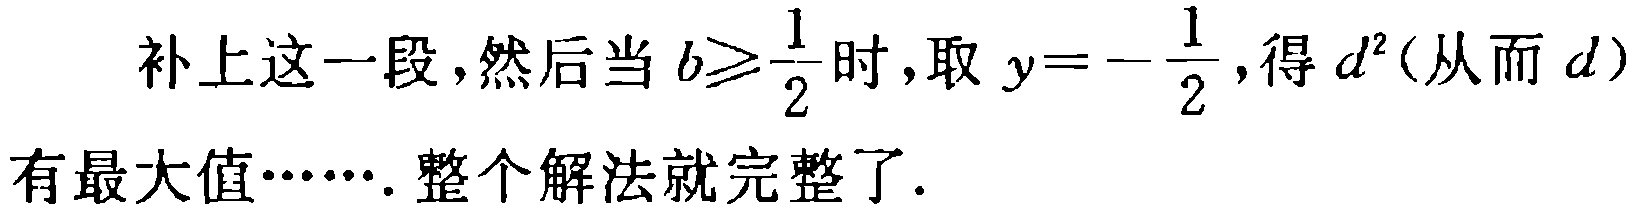
补上这一段,然后当 \(b\geqslant\frac{1}{2}\) 时,取 \(y = -\frac{1}{2}\),得 \(d^{2}\)(从而 \(d\))有最大值…….整个解法就完整了.